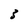
Character: 3